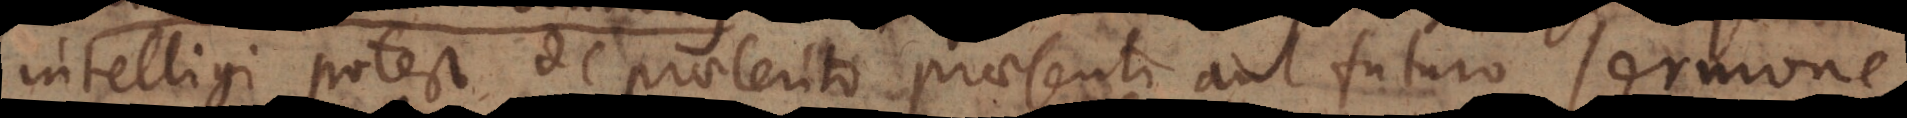
intelligi potest de praeterito, praesenti aut futuro sermone,